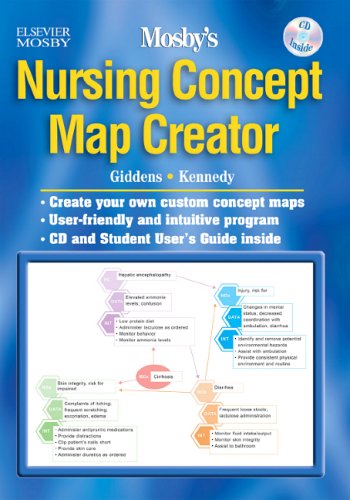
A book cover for Mosby's Nursing Concept Map Creator; Jean Giddens; Christian Books & Bibles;